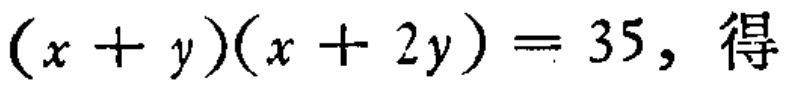
\((x + y)(x + 2y)=35\)，得